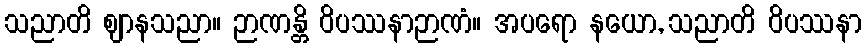
သညာတိ ဈာနသညာ။ ဉာဏန္တိ ဝိပဿနာဉာဏံ။ အပရော နယော, သညာတိ ဝိပဿနာ